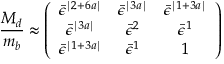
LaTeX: \frac { M _ { d } } { m _ { b } } \approx \left( \begin{array} { c c c } { { \bar { \epsilon } ^ { \mid 2 + 6 a \mid } } } & { { \bar { \epsilon } ^ { \mid 3 a \mid } } } & { { \bar { \epsilon } ^ { \mid 1 + 3 a \mid } } } \\ { { \bar { \epsilon } ^ { \mid 3 a \mid } } } & { { \bar { \epsilon } ^ { 2 } } } & { { \bar { \epsilon } ^ { 1 } } } \\ { { \bar { \epsilon } ^ { \mid 1 + 3 a \mid } } } & { { \bar { \epsilon } ^ { 1 } } } & { { 1 } } \end{array} \right)